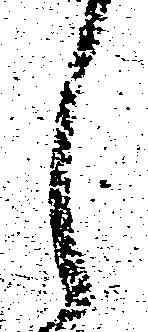
し